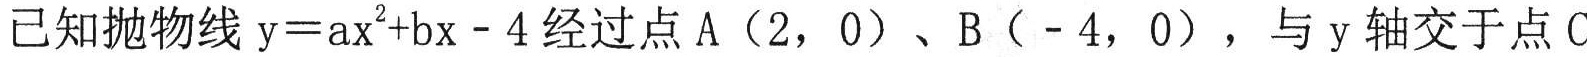
已知抛物线\(y = ax^{2}+bx - 4\)经过点\(A(2,0)\)、\(B(-4,0)\)，与\(y\)轴交于点\(C\)